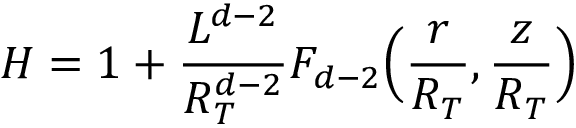
H = 1 + \frac { L ^ { d - 2 } } { R _ { T } ^ { d - 2 } } F _ { d - 2 } \Big ( \frac { r } { R _ { T } } , \frac { z } { R _ { T } } \Big )